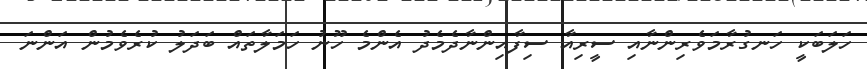
ހަލަބަކީ ހަނގުރާމަވެރިންނާއި ސީރިއާ ސިފާއިންނާދެމެދު އެންމެ ހޫނު ހަމަލާތައް ބަދަލު ކުރެވެމުން އަންނަ